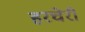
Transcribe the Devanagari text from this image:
हरचेरी